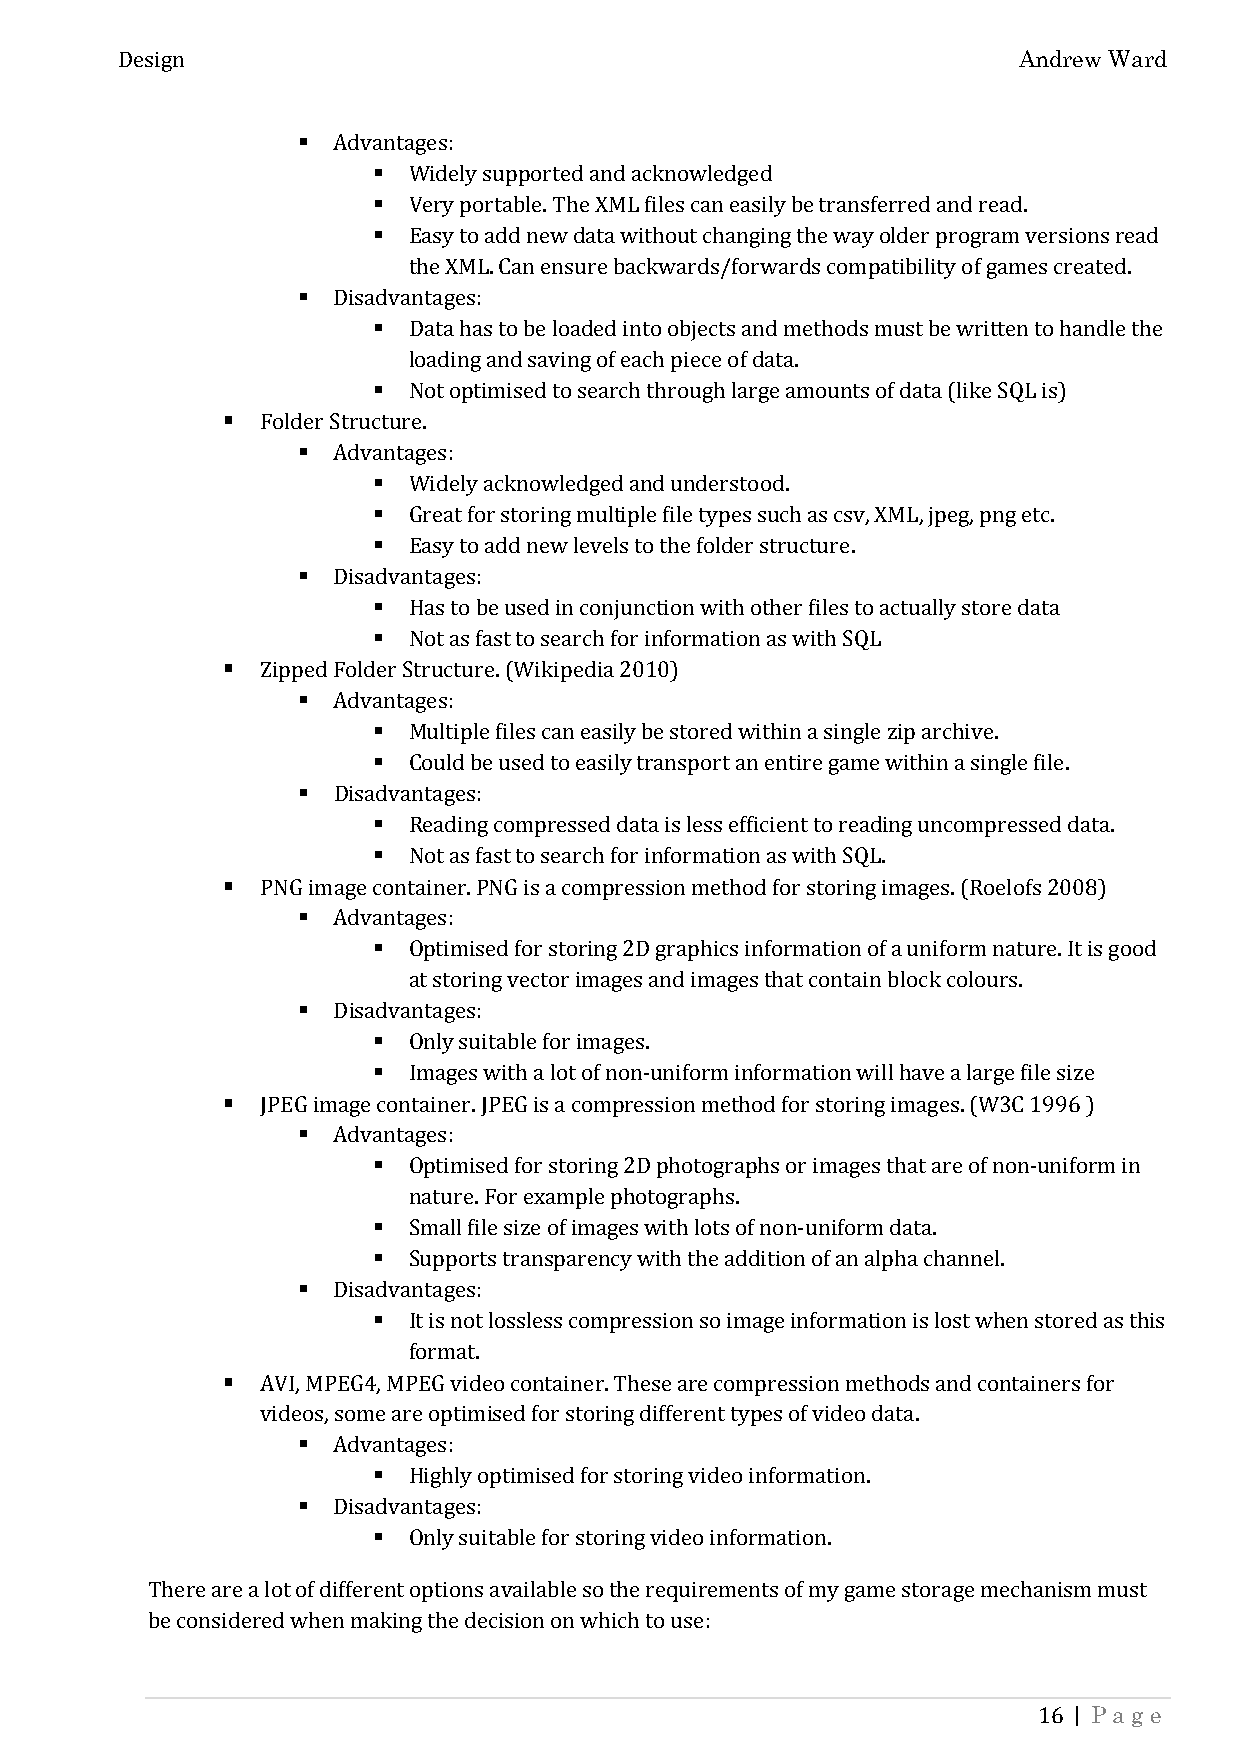
Andrew Ward
 Design
 
 
 Advantages:
 
 Widely supported and acknowledged
 
 Very portable. The XML files can easily be transferred and read.
 Easy to add new data without changing the way older program versions read
 
 the XML. Can ensure backwards/forwards compatibility of games created.
 
 Disadvantages:
 Data has to be loaded into objects and methods must be written to handle the
 
 loading and saving of each piece of data.
 
 Not optimised to search through large amounts of data (like SQL is)
 
 Folder Structure.
 
 Advantages:
 
 Widely acknowledged and understood.
 
 Great for storing multiple file types such as csv, XML, jpeg, png etc.
 
 Easy to add new levels to the folder structure.
 
 Disadvantages:
 
 Has to be used in conjunction with other files to actually store data
 
 Not as fast to search for information as with SQL
 
 Zipped Folder Structure. (Wikipedia 2010)
 
 Advantages:
 
 Multiple files can easily be stored within a single zip archive.
 
 Could be used to easily transport an entire game within a single file.
 
 Disadvantages:
 
 Reading compressed data is less efficient to reading uncompressed data.
 
 Not as fast to search for information as with SQL.
 
 PNG image container. PNG is a compression method for storing images. (Roelofs 2008)
 
 Advantages:
 Optimised for storing 2D graphics information of a uniform nature. It is good
 
 at storing vector images and images that contain block colours.
 
 Disadvantages:
 
 Only suitable for images.
 
 Images with a lot of non-uniform information will have a large file size
 
 JPEG image container. JPEG is a compression method for storing images. (W3C 1996 )
 
 Advantages:
 Optimised for storing 2D photographs or images that are of non-uniform in
 
 nature. For example photographs.
 
 Small file size of images with lots of non-uniform data.
 
 Supports transparency with the addition of an alpha channel.
 
 Disadvantages:
 It is not lossless compression so image information is lost when stored as this
 
 format.
 AVI, MPEG4, MPEG video container. These are compression methods and containers for
 
 videos, some are optimised for storing different types of video data.
 
 Advantages:
 
 Highly optimised for storing video information.
 
 Disadvantages:
 Only suitable for storing video information.
 There are a lot of different options available so the requirements of my game storage mechanism must
 be considered when making the decision on which to use:
 | Page
 16